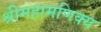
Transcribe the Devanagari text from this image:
श्रीमहामणिक्य